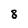
Character: 8